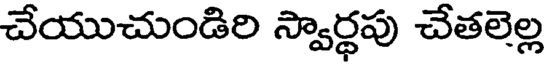
చేయుచుండిరి స్వార్ధపు చేతలెల్ల